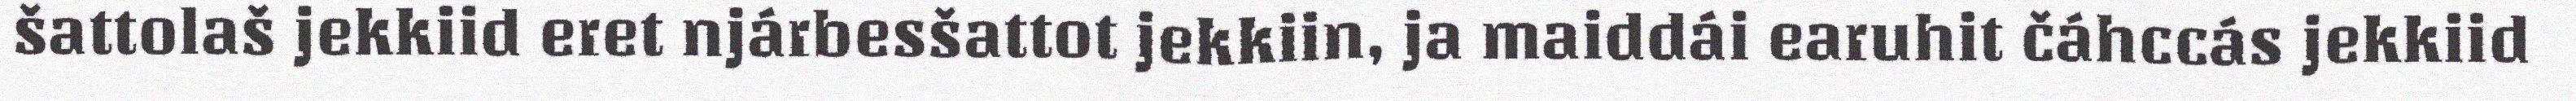
šattolaš jekkiid eret njárbesšattot jekkiin, ja maiddái earuhit čáhccás jekkiid